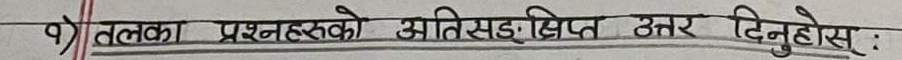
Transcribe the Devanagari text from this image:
१) तलका प्रश्नहरूको अतिसंक्षिप्त उत्तर दिनुहोस्‌: